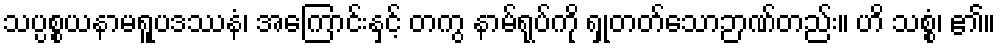
သပ္ပစ္စယနာမရူပဒဿနံ၊ အကြောင်းနှင့် တကွ နာမ်ရုပ်ကို ရှုတတ်သောဉာဏ်တည်း။ ဟိ သစ္စံ၊ ၏။